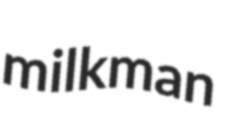
milkman